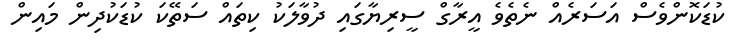
ކުޑަކޮންވެސް އަސަރެއް ނެތެވެ އީރާގް ސީރިޔާގައި ދުވާލަކު ކިތައް ސަތޭކަ ކުޑަކުދިން މައިން